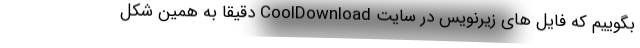
بگوییم که فایل های زیرنویس در سایت CoolDownload دقیقا به همین شکل